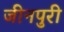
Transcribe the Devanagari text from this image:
जीनपुरी